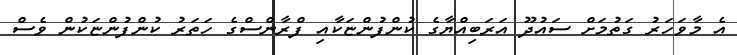
އެ މާވަހަރު ގަތުމަށް ސައުދޫ އަރަބިއްޔާގެ ކުންފުންޏަކާއި ފްރާންސްގެ ހަތަރު ކުންފުންޏަކުން ވެސް